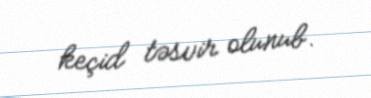
keçid təsvir olunub.